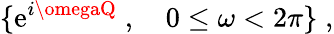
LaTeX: \{ \mathrm{e}^{i\omegaQ}\; ,\quad0\le\omega<2\pi\} \; ,